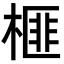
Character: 榧